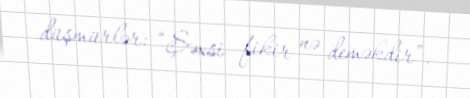
düşmürlər: “Şəxsi fikir nə deməkdir”.